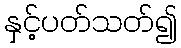
နှင့်ပတ်သတ်၍